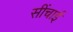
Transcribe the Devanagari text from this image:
सींचाई